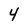
Character: 4